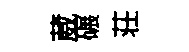
葳碾荘